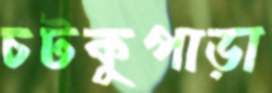
চটকুপাড়া